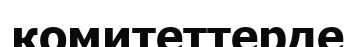
комитеттерде